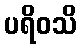
ပရိဝသိ